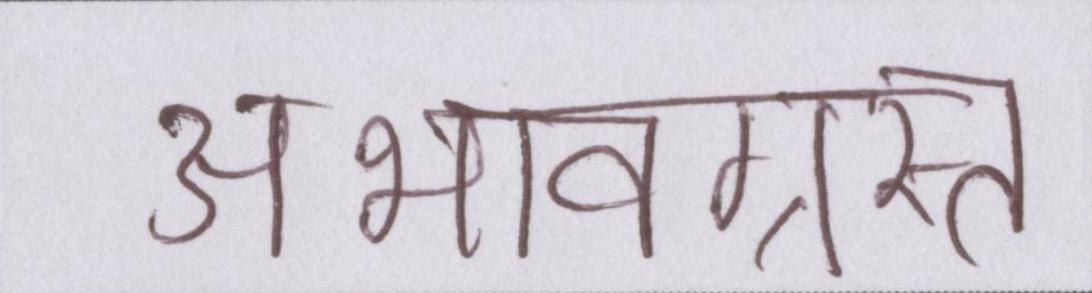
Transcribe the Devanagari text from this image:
अभावग्रस्त